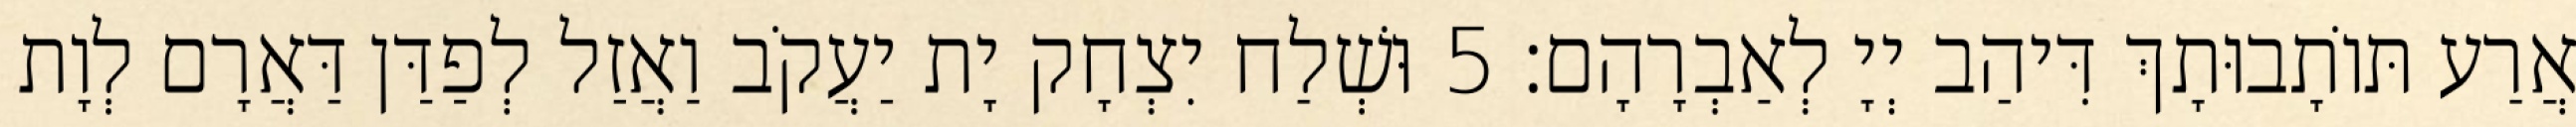
אֲרַע תּוֹתָבוּתָךְ דִּיהַב יְיָ לְאַבְרָהָם׃ 5 וּשְׁלַח יִצְחָק יָת יַעֲקֹב וַאֲזַל לְפַדַּן דַּאֲרָם לְוָת